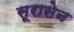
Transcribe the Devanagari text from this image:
सूरासेन